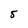
Character: 5